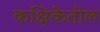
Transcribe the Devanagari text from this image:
कक्षिकेतील